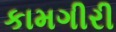
કામગીરી